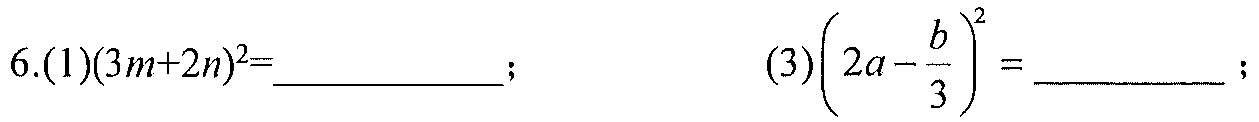
\(6.(1)(3m + 2n)^{2}=\underline{\quad\quad}; \quad (3)\left(2a-\dfrac{b}{3}\right)^{2}=\underline{\quad\quad};\)